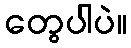
တွေပါပဲ။